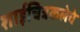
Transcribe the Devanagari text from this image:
शाईचित्रकलेचे